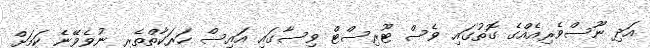
އަދި ނޫސްވެރިއެއްގެ ގޮތުގައި ވެސް ޓޫރިސްޓް ވިސާގައި އައިސް ހަރަކާތްތެރި ނުވެވޭނެ ކަމަށް